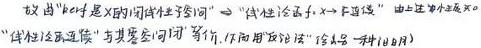
故 “$p(x)$ 是 $x$ 的谓词性子句”$\Rightarrow$“谓词公式 $\exists x\neg p(x)$ ”. 由于单个命题变元 “谓词公式” 与其否定 “子句” 等价. 下面用反证法 “设 $A$ 是一种 $(k+1)$ 目